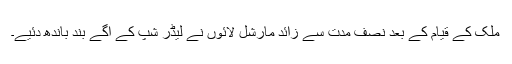
ملک کے قیام کے بعد نصف مدت سے زائد مارشل لائوں نے لیڈر شپ کے آگے بند باندھ دئیے۔